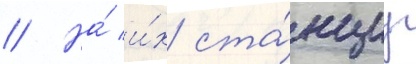
// На́ и́х ста́нциу